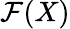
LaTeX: {\mathcal{F}}(X)